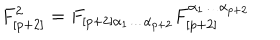
LaTeX: F _ { [ p + 2 ] } ^ { 2 } = F _ { \left[ p + 2 \right] \alpha _ { 1 } \dots \alpha _ { p + 2 } } F _ { [ p + 2 ] } ^ { \alpha _ { 1 } \dots \alpha _ { p + 2 } }